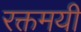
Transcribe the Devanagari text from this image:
रक्तमयी